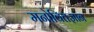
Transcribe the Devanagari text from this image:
मनोवितज्ञान